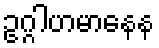
ဥဂ္ဂါဟမာနေန